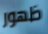
ظهور